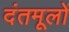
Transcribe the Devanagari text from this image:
दंतमूलों